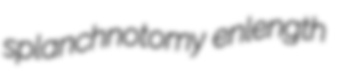
splanchnotomy enlength